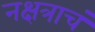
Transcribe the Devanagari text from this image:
नक्षत्राचं